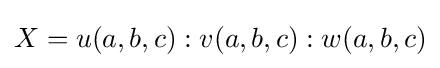
X=u(a,b,c):v(a,b,c):w(a,b,c)